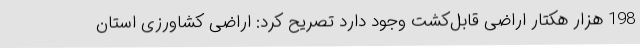
198 هزار هکتار اراضی قابل‌کشت وجود دارد تصریح کرد: اراضی کشاورزی استان